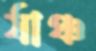
র‍্যাঞ্চ